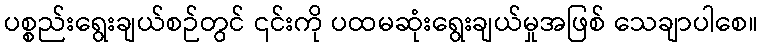
ပစ္စည်းရွေးချယ်စဉ်တွင် ၎င်းကို ပထမဆုံးရွေးချယ်မှုအဖြစ် သေချာပါစေ။